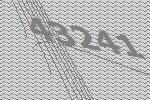
43241